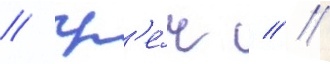
/ гр'е́ч // /